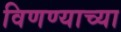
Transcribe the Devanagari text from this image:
विणण्याच्या